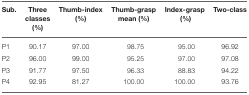
| Sub. | Three classes (%) | Thumb-index (%) | Thumb-grasp mean (%) | Index-grasp (%) | Two-class |
 | --- | --- | --- | --- | --- | --- |
 | P1 | 90.17 | 97.00 | 98.75 | 95.00 | 96.92 |
 | P2 | 96.00 | 99.00 | 95.25 | 97.00 | 97.08 |
 | P3 | 91.77 | 97.50 | 96.33 | 88.83 | 94.22 |
 | P4 | 92.95 | 81.27 | 100.00 | 100.00 | 93.76 |